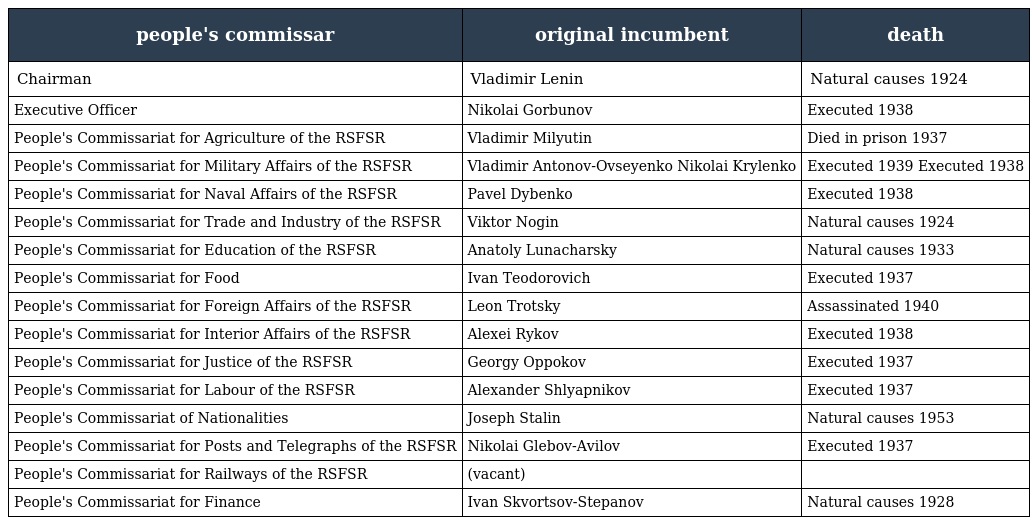
| people's commissar | original incumbent | death |
 | --- | --- | --- |
 | Chairman | Vladimir Lenin | Natural causes 1924 |
 | Executive Officer | Nikolai Gorbunov | Executed 1938 |
 | People's Commissariat for Agriculture of the RSFSR | Vladimir Milyutin | Died in prison 1937 |
 | People's Commissariat for Military Affairs of the RSFSR | Vladimir Antonov-Ovseyenko Nikolai Krylenko | Executed 1939 Executed 1938 |
 | People's Commissariat for Naval Affairs of the RSFSR | Pavel Dybenko | Executed 1938 |
 | People's Commissariat for Trade and Industry of the RSFSR | Viktor Nogin | Natural causes 1924 |
 | People's Commissariat for Education of the RSFSR | Anatoly Lunacharsky | Natural causes 1933 |
 | People's Commissariat for Food | Ivan Teodorovich | Executed 1937 |
 | People's Commissariat for Foreign Affairs of the RSFSR | Leon Trotsky | Assassinated 1940 |
 | People's Commissariat for Interior Affairs of the RSFSR | Alexei Rykov | Executed 1938 |
 | People's Commissariat for Justice of the RSFSR | Georgy Oppokov | Executed 1937 |
 | People's Commissariat for Labour of the RSFSR | Alexander Shlyapnikov | Executed 1937 |
 | People's Commissariat of Nationalities | Joseph Stalin | Natural causes 1953 |
 | People's Commissariat for Posts and Telegraphs of the RSFSR | Nikolai Glebov-Avilov | Executed 1937 |
 | People's Commissariat for Railways of the RSFSR | (vacant) |  |
 | People's Commissariat for Finance | Ivan Skvortsov-Stepanov | Natural causes 1928 |